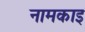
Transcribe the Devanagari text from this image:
नामकाइ